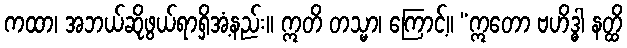
ကထာ၊ အဘယ်ဆိုဖွယ်ရာရှိအံ့နည်း။ ဣတိ တသ္မာ၊ ကြောင့်။ “ဣတော ဗဟိဒ္ဓါ နတ္ထိ